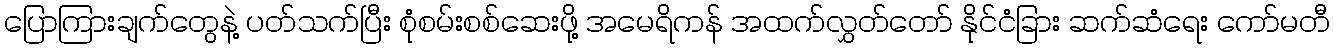
ပြောကြားချက်တွေနဲ့ ပတ်သက်ပြီး စုံစမ်းစစ်ဆေးဖို့ အမေရိကန် အထက်လွှတ်တော် နိုင်ငံခြား ဆက်ဆံရေး ကော်မတီ